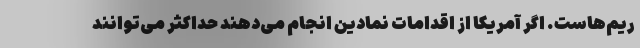
ریم‌هاست. اگر آمریکا از اقدامات نمادین انجام می‌دهند حداکثر می‌توانند